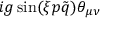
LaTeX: i g \sin ( \xi p \tilde { q } ) \theta _ { \mu \nu }